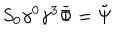
S _ { 0 } \gamma ^ { 0 } \gamma ^ { 3 } \bar { \Phi } = \tilde { \Psi }